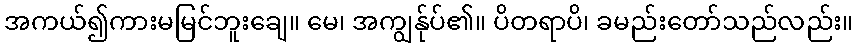
အကယ်၍ကားမမြင်ဘူးချေ။ မေ၊ အကျွန်ုပ်၏။ ပိတရာပိ၊ ခမည်းတော်သည်လည်း။